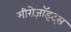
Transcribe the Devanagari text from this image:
मीरोज़ॉइट्स